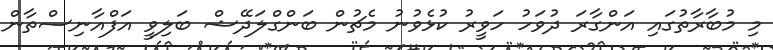
މި މުބާރާތުގައި އަންގާރަ ދުވަހު ހަވީރު ކުޅެވުނު މެޗުން ބަންގްލަދޭޝް ބަލިވީ އަފްއާނިސްތާން